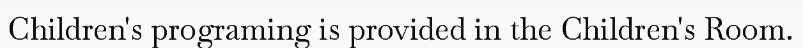
Children's programing is provided in the Children's Room.